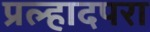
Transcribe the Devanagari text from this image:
प्रल्हादपरा